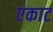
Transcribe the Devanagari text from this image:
एकाट